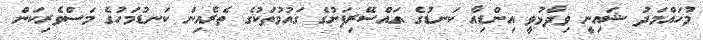
މުހައްމަދު ޝައިނީ ވިދާޅުވީ އިންޑިއާ ކަނޑުގެ އައްސޭރިފަށުގެ ގައުމުތަކުގެ ތެރެއިން ކަނޑުމަހުގެ މަސްވެރިކަން